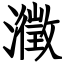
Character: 瀓